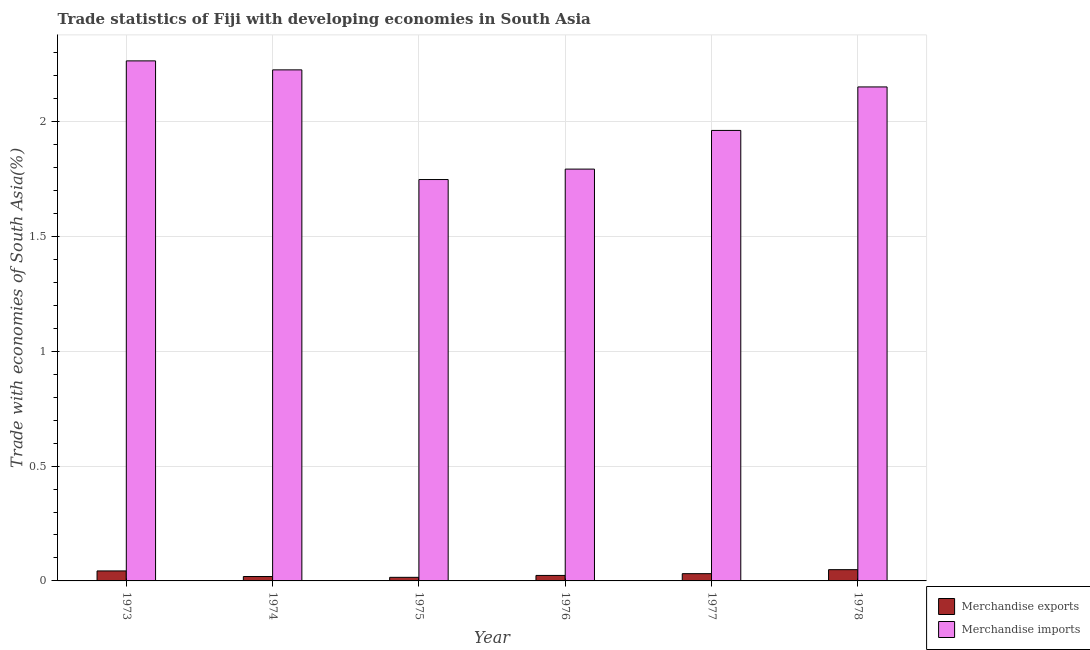
| Year | Merchandise exports | Merchandise imports |
 | --- | --- | --- |
 | 1973 | 0.0435 | 2.26 |
 | 1974 | 0.0192 | 2.23 |
 | 1975 | 0.0156 | 1.75 |
 | 1976 | 0.0239 | 1.79 |
 | 1977 | 0.0316 | 1.96 |
 | 1978 | 0.049 | 2.15 |